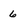
Character: 6